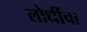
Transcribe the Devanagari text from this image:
लोधींचा